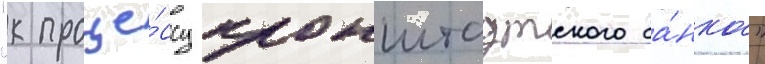
"к проце́ссу кронштадтского ба́нка"